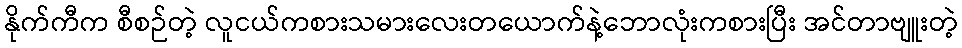
နိုက်ကီက စီစဉ်တဲ့ လူငယ်ကစားသမားလေးတယောက်နဲ့ဘောလုံးကစားပြီး အင်တာဗျူးတဲ့